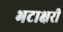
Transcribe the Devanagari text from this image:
भटाक्षरी